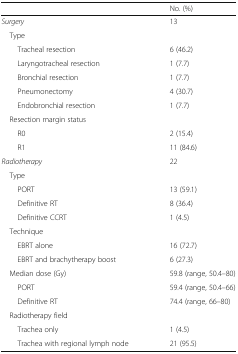
<table><thead><tr><td></td><td><b>No. (%)</b></td></tr></thead><tbody><tr><td><i>Surgery</i></td><td>13</td></tr><tr><td colspan="2"> Type</td></tr><tr><td>Tracheal resection</td><td>6 (46.2)</td></tr><tr><td>Laryngotracheal resection</td><td>1 (7.7)</td></tr><tr><td>Bronchial resection</td><td>1 (7.7)</td></tr><tr><td>Pneumonectomy</td><td>4 (30.7)</td></tr><tr><td>Endobronchial resection</td><td>1 (7.7)</td></tr><tr><td colspan="2"> Resection margin status</td></tr><tr><td>R0</td><td>2 (15.4)</td></tr><tr><td>R1</td><td>11 (84.6)</td></tr><tr><td><i>Radiotherapy</i></td><td>22</td></tr><tr><td colspan="2"> Type</td></tr><tr><td>PORT</td><td>13 (59.1)</td></tr><tr><td>Definitive RT</td><td>8 (36.4)</td></tr><tr><td>Definitive CCRT</td><td>1 (4.5)</td></tr><tr><td colspan="2"> Technique</td></tr><tr><td>EBRT alone</td><td>16 (72.7)</td></tr><tr><td>EBRT and brachytherapy boost</td><td>6 (27.3)</td></tr><tr><td> Median dose (Gy)</td><td>59.8 (range, 50.4–80)</td></tr><tr><td>PORT</td><td>59.4 (range, 50.4–66)</td></tr><tr><td>Definitive RT</td><td>74.4 (range, 66–80)</td></tr><tr><td> Radiotherapy field</td><td></td></tr><tr><td>Trachea only</td><td>1 (4.5)</td></tr><tr><td>Trachea with regional lymph node</td><td>21 (95.5)</td></tr></tbody></table>